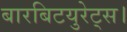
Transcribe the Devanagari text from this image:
बारबिटयुरेट्स।